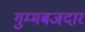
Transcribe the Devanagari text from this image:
गुम्मबजदार